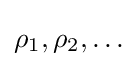
\rho _{1},\rho _{2},\ldots